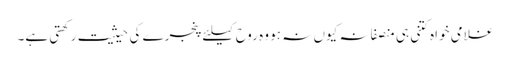
غلامی خواہ کتنی ہی منصفانہ کیوں نہ ہو وہ روح کیلئے پنجرے کی حیثیت رکھتی ہے۔